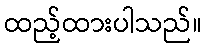
ထည့်ထားပါသည်။